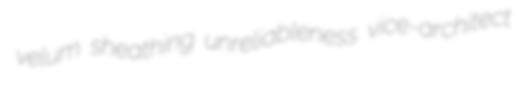
velum sheathing unreliableness vice-architect